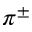
\pi ^ { \pm }